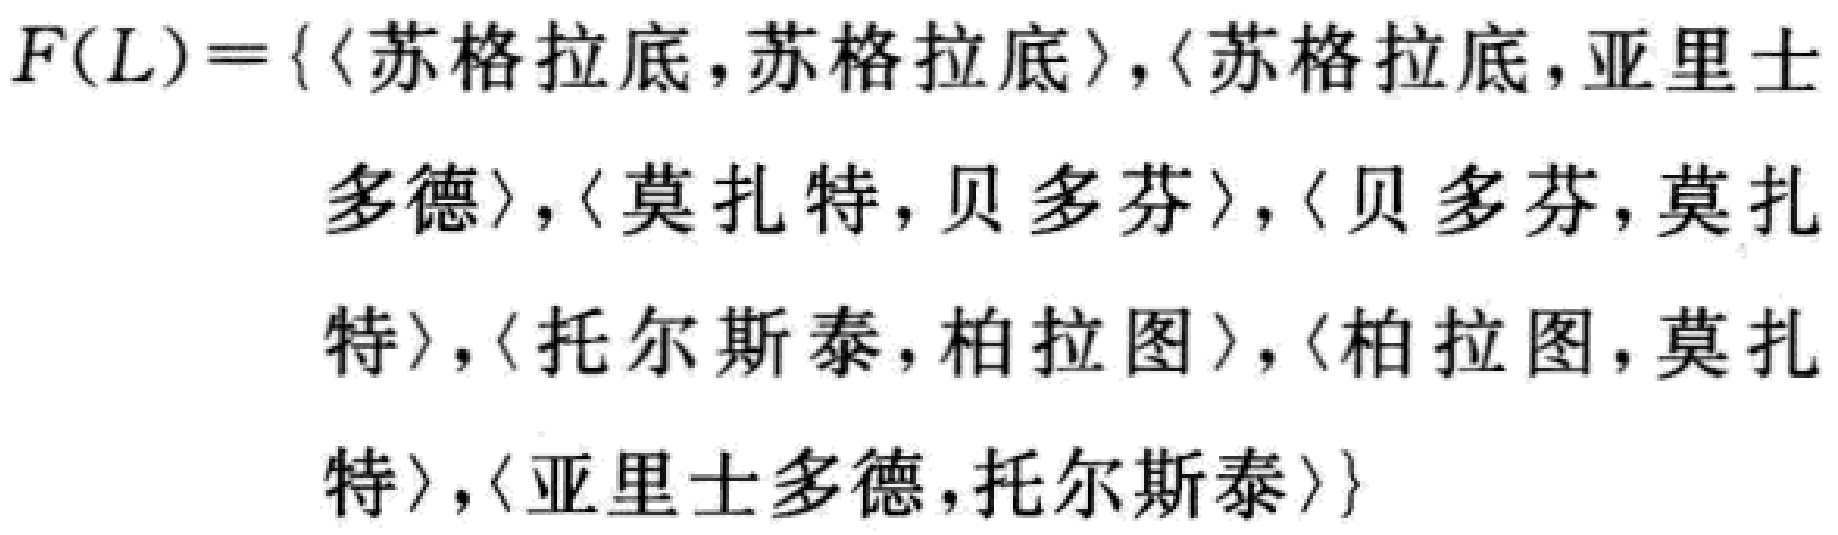
$F(L)=\{\langle苏格拉底,苏格拉底\rangle,\langle苏格拉底,亚里士多德\rangle,\langle莫扎特,贝多芬\rangle,\langle贝多芬,莫扎特\rangle,\langle托尔斯泰,柏拉图\rangle,\langle柏拉图,莫扎特\rangle,\langle亚里士多德,托尔斯泰\rangle\}$